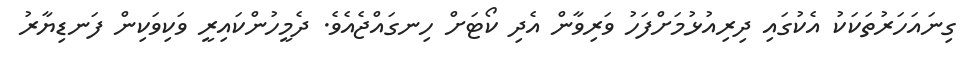
ގިނައަހަރުތަކަކު އެކުގައި ދިރިއުޅުމަށްފަހު ވަރިވާން އެދި ކޯޓަށް ހިނގައްޖެއެވެ. ދެމީހުންކައިރީ ވަކިވަކިން ފަނޑިޔާރު